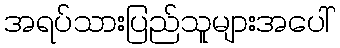
အရပ်သားပြည်သူများအပေါ်